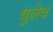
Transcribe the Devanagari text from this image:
धुलेव